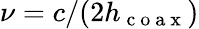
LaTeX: \nu=c/(2h_{\mathrm{~c~o~a~x~}})